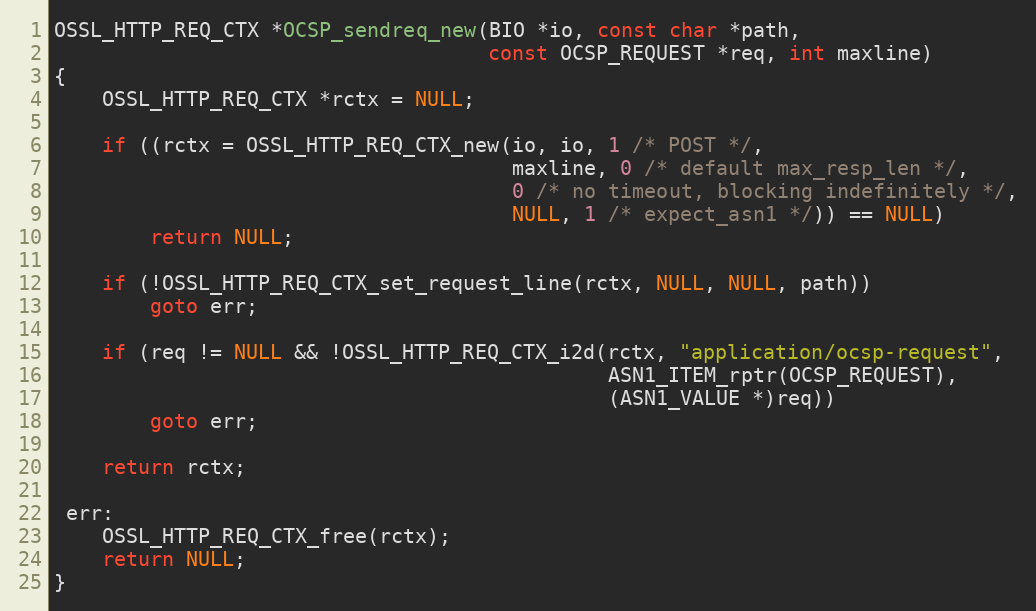
Language: C
OSSL_HTTP_REQ_CTX *OCSP_sendreq_new(BIO *io, const char *path,
                                    const OCSP_REQUEST *req, int maxline)
{
    OSSL_HTTP_REQ_CTX *rctx = NULL;

    if ((rctx = OSSL_HTTP_REQ_CTX_new(io, io, 1 /* POST */,
                                      maxline, 0 /* default max_resp_len */,
                                      0 /* no timeout, blocking indefinitely */,
                                      NULL, 1 /* expect_asn1 */)) == NULL)
        return NULL;

    if (!OSSL_HTTP_REQ_CTX_set_request_line(rctx, NULL, NULL, path))
        goto err;

    if (req != NULL && !OSSL_HTTP_REQ_CTX_i2d(rctx, "application/ocsp-request",
                                              ASN1_ITEM_rptr(OCSP_REQUEST),
                                              (ASN1_VALUE *)req))
        goto err;

    return rctx;

 err:
    OSSL_HTTP_REQ_CTX_free(rctx);
    return NULL;
}